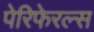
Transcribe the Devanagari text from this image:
पेरिफेरल्स